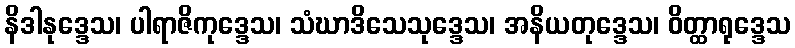
နိဒါနုဒ္ဒေသ၊ ပါရာဇိကုဒ္ဒေသ၊ သံဃာဒိသေသုဒ္ဒေသ၊ အနိယတုဒ္ဒေသ၊ ဝိတ္ထာရုဒ္ဒေသ